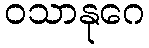
ဝသာနုဂေ